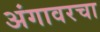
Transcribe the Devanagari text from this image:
अंगावरचा